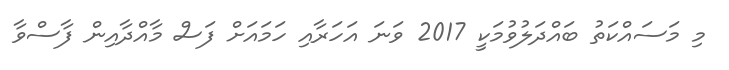
މި މަސައްކަތު ބައްދަލުވުމަކީ 2017 ވަނަ އަހަރާއި ހަމައަށް ފަސް މާއްދާއިން ފާސްވާ